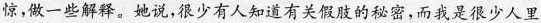
惊，做一些解释。她说，很少有人知道有关假肢的秘密，而我是很少人里